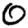
Digit: 0